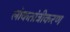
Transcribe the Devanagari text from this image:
लोकतांत्रीकरण